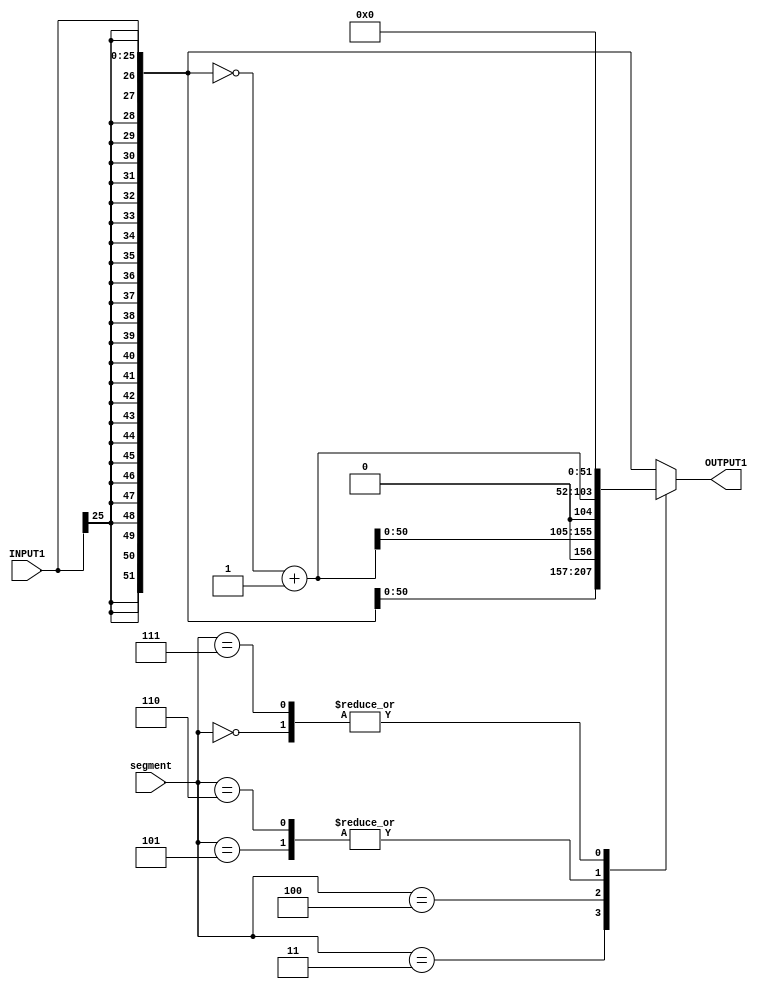
module PARTIALPRODUCT (INPUT1,segment,OUTPUT1);
input [25:0] INPUT1;input [2:0] segment;output reg [51:0] OUTPUT1;
 always @(*) begin
 case (segment)
 3'b000:OUTPUT1=$signed(1'b0);
 3'b011:
 begin
 OUTPUT1=$signed(INPUT1);
 OUTPUT1=$signed(OUTPUT1)<<<1;
 end
 3'b100:begin
 OUTPUT1=$signed(INPUT1);
 OUTPUT1=$signed(~OUTPUT1+1'b1);
 OUTPUT1=$signed(OUTPUT1)<<<1;
 end
 3'b101:begin
 OUTPUT1=$signed(INPUT1);
 OUTPUT1=$signed(~OUTPUT1+1'b1);
 end
 3'b110:begin
 OUTPUT1=$signed(INPUT1);
 OUTPUT1=$signed(~OUTPUT1+1'b1);
 end
 3'b111:OUTPUT1=$signed(16'b0);
 default:OUTPUT1=$signed(INPUT1);
 endcase
 end
 endmodule